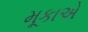
મૂકાએ